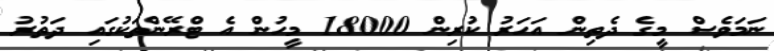
ނަމަވެސް މީގެ ދެތިން އަހަރު ކުރިން 18000 މީހުން އެ ޓްރޭންތަކުގައި ދަތުރު